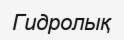
Гидролық